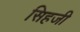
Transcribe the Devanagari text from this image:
सिहजी